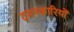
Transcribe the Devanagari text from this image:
दमनकारियों